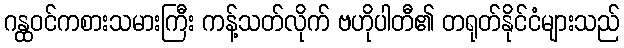
ဂန္ထဝင်ကစားသမားကြီး ကန့်သတ်လိုက် ဗဟိုပါတီ၏ တရုတ်နိုင်ငံများသည်